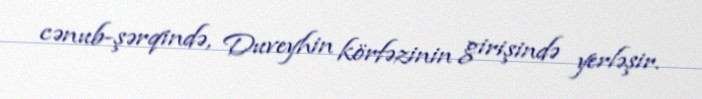
cənub-şərqində, Duveyhin körfəzinin girişində yerləşir.